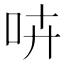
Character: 𠱥